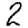
Digit: 2